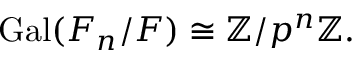
\operatorname { G a l } ( F _ { n } / F ) \cong \mathbb { Z } / p ^ { n } \mathbb { Z } .